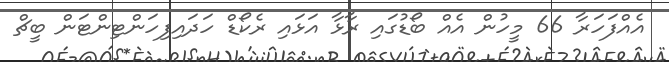
އެއްފަހަރާ 66 މީހުން އެއް ބޯޑުގައި ރާޅާ އަޅައި ރެކޯޑް ހަދައިފިހަންޓިންޓަން ބީޗް